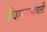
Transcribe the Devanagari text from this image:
चिह्नाभोवती